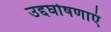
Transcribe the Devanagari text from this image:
उद्दघोषणाएं